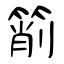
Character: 箾